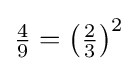
\textstyle {\frac {4}{9}}=\left({\frac {2}{3}}\right)^{2}